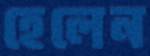
হেলেন